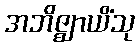
အဘိဇ္ဈာယိံသု